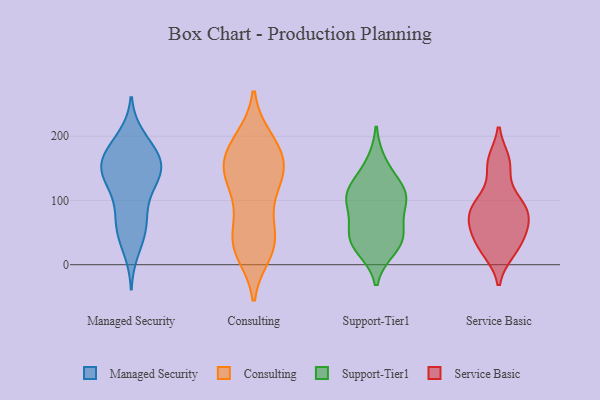
{"axis": {"x": "Waste Production (Tons)", "y": "Value"}, "legend": ["Consulting", "Managed Security", "Service Basic", "Support-Tier1"], "data": [{"x": "", "y": 133, "type": "Managed Security"}, {"x": "", "y": 118, "type": "Managed Security"}, {"x": "", "y": 162, "type": "Managed Security"}, {"x": "", "y": 200, "type": "Managed Security"}, {"x": "", "y": 119, "type": "Managed Security"}, {"x": "", "y": 60, "type": "Managed Security"}, {"x": "", "y": 188, "type": "Managed Security"}, {"x": "", "y": 87, "type": "Managed Security"}, {"x": "", "y": 128, "type": "Managed Security"}, {"x": "", "y": 158, "type": "Managed Security"}, {"x": "", "y": 156, "type": "Managed Security"}, {"x": "", "y": 58, "type": "Managed Security"}, {"x": "", "y": 44, "type": "Managed Security"}, {"x": "", "y": 156, "type": "Managed Security"}, {"x": "", "y": 154, "type": "Managed Security"}, {"x": "", "y": 22, "type": "Managed Security"}, {"x": "", "y": 69, "type": "Managed Security"}, {"x": "", "y": 150, "type": "Managed Security"}, {"x": "", "y": 191, "type": "Managed Security"}, {"x": "", "y": 163, "type": "Managed Security"}, {"x": "", "y": 64, "type": "Consulting"}, {"x": "", "y": 100, "type": "Consulting"}, {"x": "", "y": 35, "type": "Consulting"}, {"x": "", "y": 26, "type": "Consulting"}, {"x": "", "y": 148, "type": "Consulting"}, {"x": "", "y": 196, "type": "Consulting"}, {"x": "", "y": 151, "type": "Consulting"}, {"x": "", "y": 174, "type": "Consulting"}, {"x": "", "y": 146, "type": "Consulting"}, {"x": "", "y": 153, "type": "Consulting"}, {"x": "", "y": 194, "type": "Consulting"}, {"x": "", "y": 143, "type": "Consulting"}, {"x": "", "y": 29, "type": "Consulting"}, {"x": "", "y": 18, "type": "Consulting"}, {"x": "", "y": 163, "type": "Consulting"}, {"x": "", "y": 27, "type": "Consulting"}, {"x": "", "y": 103, "type": "Consulting"}, {"x": "", "y": 192, "type": "Consulting"}, {"x": "", "y": 127, "type": "Consulting"}, {"x": "", "y": 51, "type": "Consulting"}, {"x": "", "y": 25, "type": "Support-Tier1"}, {"x": "", "y": 125, "type": "Support-Tier1"}, {"x": "", "y": 44, "type": "Support-Tier1"}, {"x": "", "y": 106, "type": "Support-Tier1"}, {"x": "", "y": 104, "type": "Support-Tier1"}, {"x": "", "y": 158, "type": "Support-Tier1"}, {"x": "", "y": 43, "type": "Support-Tier1"}, {"x": "", "y": 100, "type": "Support-Tier1"}, {"x": "", "y": 33, "type": "Support-Tier1"}, {"x": "", "y": 63, "type": "Support-Tier1"}, {"x": "", "y": 109, "type": "Support-Tier1"}, {"x": "", "y": 42, "type": "Service Basic"}, {"x": "", "y": 94, "type": "Service Basic"}, {"x": "", "y": 155, "type": "Service Basic"}, {"x": "", "y": 25, "type": "Service Basic"}, {"x": "", "y": 20, "type": "Service Basic"}, {"x": "", "y": 88, "type": "Service Basic"}, {"x": "", "y": 58, "type": "Service Basic"}, {"x": "", "y": 64, "type": "Service Basic"}, {"x": "", "y": 101, "type": "Service Basic"}, {"x": "", "y": 75, "type": "Service Basic"}, {"x": "", "y": 162, "type": "Service Basic"}]}